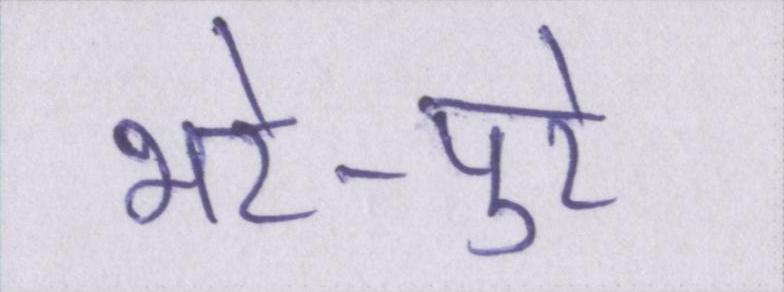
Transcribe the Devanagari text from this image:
भरे-पुरे